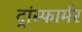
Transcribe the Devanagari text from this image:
ट्रांस्फार्मर